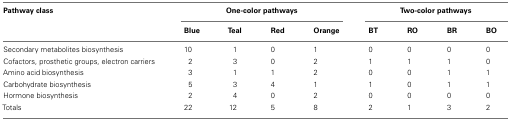
<table><thead><tr><td><b>Pathway class</b></td><td colspan="4"><b>One-color pathways</b></td><td colspan="4"><b>Two-color pathways</b></td></tr><tr><td></td><td><b>Blue</b></td><td><b>Teal</b></td><td><b>Red</b></td><td><b>Orange</b></td><td><b>BT</b></td><td><b>RO</b></td><td><b>BR</b></td><td><b>BO</b></td></tr></thead><tbody><tr><td>Secondary metabolites biosynthesis</td><td>10</td><td>1</td><td>0</td><td>1</td><td>0</td><td>0</td><td>0</td><td>0</td></tr><tr><td>Cofactors, prosthetic groups, electron carriers</td><td>2</td><td>3</td><td>0</td><td>2</td><td>1</td><td>1</td><td>1</td><td>0</td></tr><tr><td>Amino acid biosynthesis</td><td>3</td><td>1</td><td>1</td><td>2</td><td>0</td><td>0</td><td>1</td><td>1</td></tr><tr><td>Carbohydrate biosynthesis</td><td>5</td><td>3</td><td>4</td><td>1</td><td>1</td><td>0</td><td>1</td><td>1</td></tr><tr><td>Hormone biosynthesis</td><td>2</td><td>4</td><td>0</td><td>2</td><td>0</td><td>0</td><td>0</td><td>0</td></tr><tr><td>Totals</td><td>22</td><td>12</td><td>5</td><td>8</td><td>2</td><td>1</td><td>3</td><td>2</td></tr></tbody></table>